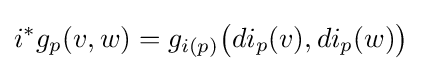
i^{*}g_{p}(v,w)=g_{i(p)}{\big (}di_{p}(v),di_{p}(w){\big )}